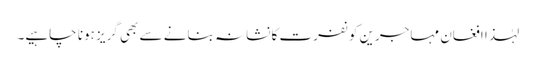
لہٰذا افغان مہاجرین کو نفرت کا نشانہ بنانے سے بھی گریز ہونا چاہیے۔